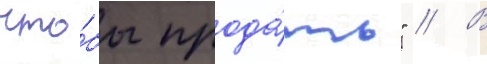
что́бы прода́ть" // В